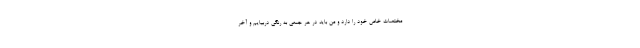
مختصات خاص خود را دارد و من باید در هر جمعی به رنگی دربیایم و آخر